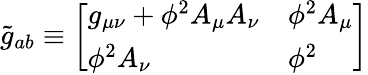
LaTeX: {\widetilde{g}}_{ab}\equiv{\left[\begin{array}{ll}{g_{\mu\nu}+\phi^{2}A_{\mu}A_{\nu}}&{\phi^{2}A_{\mu}}\\ {\phi^{2}A_{\nu}}&{\phi^{2}}\end{array}\right]}